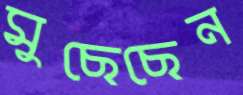
মুছেছেন